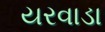
યરવાડા